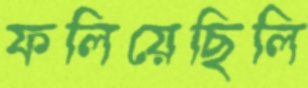
ফলিয়েছিলি